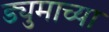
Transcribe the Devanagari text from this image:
ड्युमाच्या